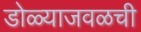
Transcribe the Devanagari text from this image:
डोळ्याजवळची